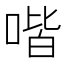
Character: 喈